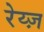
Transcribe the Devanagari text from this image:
रेय्ज़